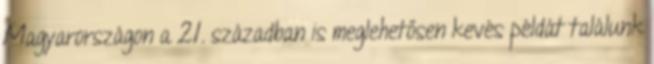
Magyarországon a 21. században is meglehetősen kevés példát találunk